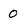
Character: 0